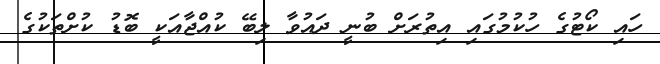
ހައި ކޯޓުގެ ހުކުމުގައި އިތުރަށް ބުނީ ދައުވާ ލިބޭ ކުއްޖާއަކީ ބޮޑު ކުށްތަކުގެ